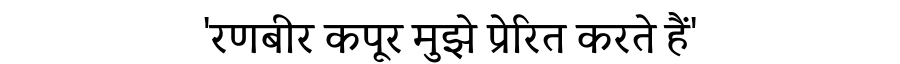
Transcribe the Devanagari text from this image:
'रणबीर कपूर मुझे प्रेरित करते हैं'